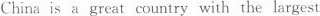
China is a great country with the largest